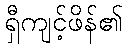
ရှီကျင့်ဖိန်၏